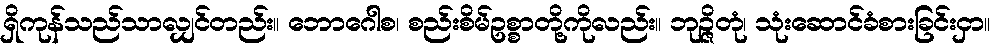
ရှိကုန်သည်သာလျှင်တည်း။ ဘောဂေါစ၊ စည်းစိမ်ဥစ္စာတို့ကိုလည်း။ ဘုဉ္ဇိတုံ၊ သုံးဆောင်ခံစားခြင်းငှာ။